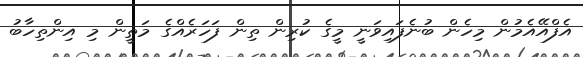
އެފްއޭއެމުން މިހެން ބުނެފައިވަނީ މީގެ ކުރިން ތިން ފަހަރެއްގެ މަތީން މި އިންތިހާބު